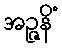
အဉ္ဇနိံ